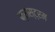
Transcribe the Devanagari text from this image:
क्रास्ट्रम